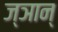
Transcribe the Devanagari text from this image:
ज्ञान्